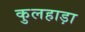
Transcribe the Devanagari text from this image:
कुलहाड़ा